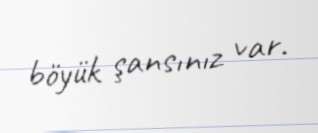
böyük şansınız var.